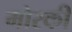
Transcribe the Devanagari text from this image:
मोरकी